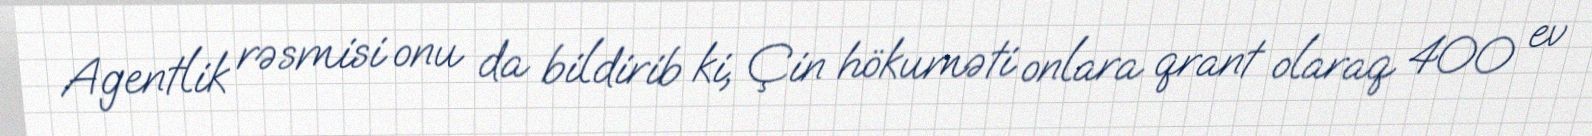
Agentlik rəsmisi onu da bildirib ki, Çin hökuməti onlara qrant olaraq 400 ev